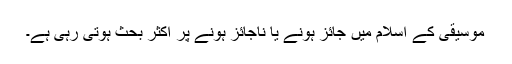
موسیقی کے اسلام میں جائز ہونے یا ناجائز ہونے پر اکثر بحث ہوتی رہی ہے۔